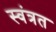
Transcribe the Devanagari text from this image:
स्वंत्रत